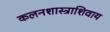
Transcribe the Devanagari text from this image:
कलनशास्त्राशिवाय